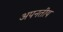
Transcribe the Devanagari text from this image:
अपनतीय